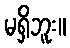
မရှိဘူး။